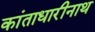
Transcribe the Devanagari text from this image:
कांताधारीनाथ